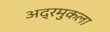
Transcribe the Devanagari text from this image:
अद्रमुकला